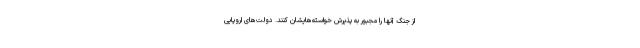
از جنگ آنها را مجبور به پذیرش خواسته‌هایشان کنند. دولت‌های اروپایی